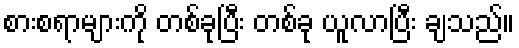
စားစရာများကို တစ်ခုပြီး တစ်ခု ယူလာပြီး ချသည်။